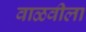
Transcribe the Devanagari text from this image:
वाळवीला